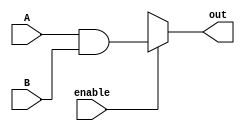
`timescale 1ns / 1ps
//////////////////////////////////////////////////////////////////////////////////
// Company: 
// Engineer: 
// 
// Design Name: 
// Module Name: bitwise_and
// Project Name: 
// Target Devices: 
// Tool Versions: 
// Description: 
// 
// Dependencies: 
// 
// Revision:
// Revision 0.01 - File Created
// Additional Comments:
// 
//////////////////////////////////////////////////////////////////////////////////


module bitwise_and (input enable, output reg [3:0] out, input [3:0] A, B);
always@(enable, A, B)
begin 
    out = 4'bxxxx;
    if(enable)
        out = A&B;
end
endmodule